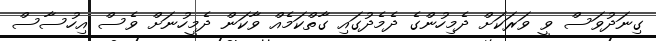
ގިނަދުވަސް ވީ ވަރަކަށް ދެމިހުންގެ ދެމެދުގައި ގާތްކަމެއް ވާކަން ދެމީހުނަށް ވެސް އިހުސާސް